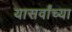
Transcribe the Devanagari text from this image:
यासर्वांच्या